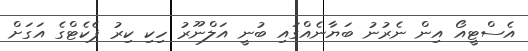
އެސްޓީއޯ އިން ނެރުނު ބަޔާނެއްގައި ބުނީ އަލްނޫރު ހިކި ކިރު ޕެކެޓްގެ އަގަށް